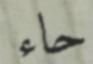
حاء